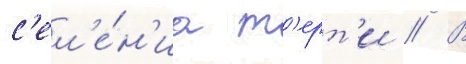
с'ел'е́н'иа т'ерт'и // В